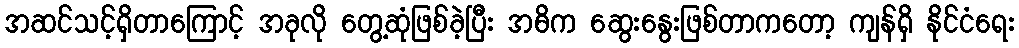
အဆင်သင့်ရှိတာကြောင့် အခုလို တွေ့ဆုံဖြစ်ခဲ့ပြီး အဓိက ဆွေးနွေးဖြစ်တာကတော့ ကျန်ရှိ နိုင်ငံရေး